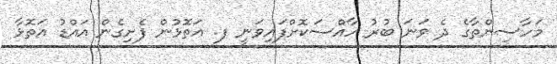
މަހާސިންތާގެ ދެ ވަނަ ބުރު ހާއްސަކޮށްފައިވަނީ ފ. އަތޮޅުން ފެށިގެން އައްޑު އަތޮޅާ